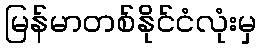
မြန်မာတစ်နိုင်ငံလုံးမှ